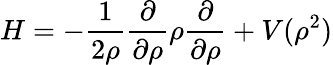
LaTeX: H=-\frac{1}{2\rho}\frac{\partial}{\partial\rho}\rho\frac{\partial}{\partial\rho}+V(\rho^{2})